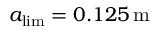
a _ { \mathrm { l i m } } = 0 . 1 2 5 \, \mathrm { m }